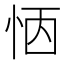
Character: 𢙖